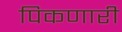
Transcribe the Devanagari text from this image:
पिकणारी